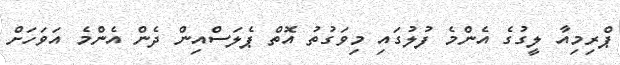
ޕްރިމިއާ ލީގުގެ އެންމެ ފުލުގައި މިވަގުތު އޮތް ޕެލަސްއިން ދެން އެންމެ އަވަހަށް